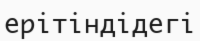
ерітіндідегі